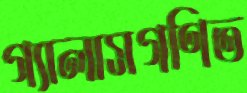
গ্যালাসগণিত